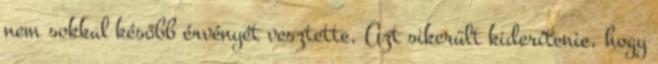
nem sokkal később érvényét vesztette. Azt sikerült kiderítenie, hogy